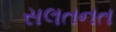
સલતનત